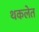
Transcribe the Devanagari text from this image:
थकलेत